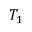
T _ { 1 }